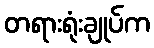
တရားရုံးချုပ်က